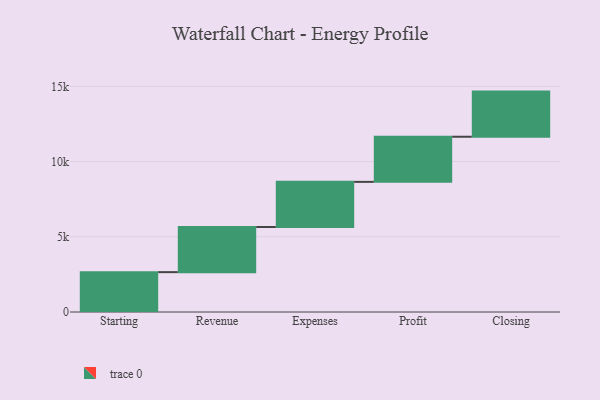
{"axis": {"x": "Step", "y": "Value"}, "legend": [""], "data": [{"x": "Starting", "y": 2649.0, "type": ""}, {"x": "Revenue", "y": 3000, "type": ""}, {"x": "Expenses", "y": 3000, "type": ""}, {"x": "Profit", "y": 3000, "type": ""}, {"x": "Closing", "y": 3000, "type": ""}]}